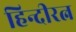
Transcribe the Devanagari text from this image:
हिन्दीरत्न